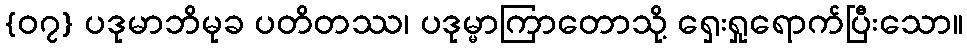
{၀၇} ပဒုမာဘိမုခ ပတိတဿ၊ ပဒုမ္မာကြာတောသို့ ရှေးရှုရောက်ပြီးသော။